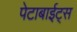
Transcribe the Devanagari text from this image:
पेटाबाईट्स